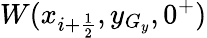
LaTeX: W(x_{i+\frac{1}{2}},y_{G_{y}},0^{+})